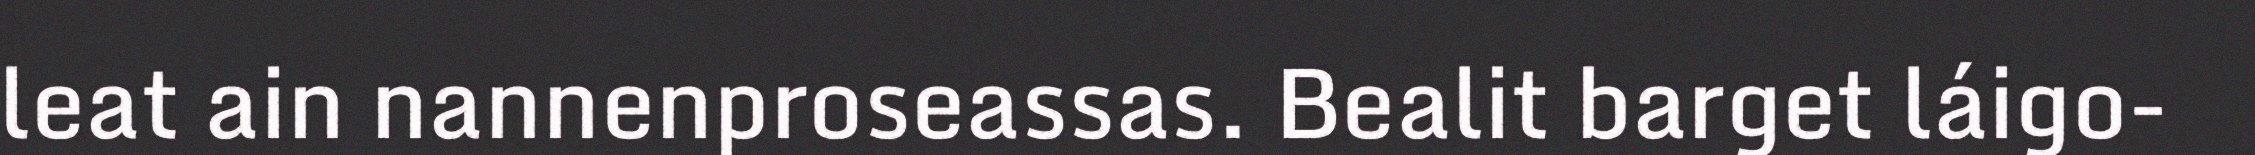
leat ain nannenproseassas. Bealit barget láigo-